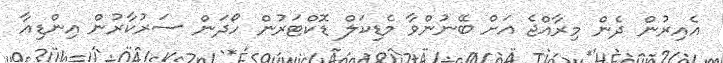
އެއިރުން ދެން މިރާއްޖެ އަށް ބޭނުންވާ މެޑިކަލް ޑޮކްޓަރުން ހޯދަން ސަރުކާރުން އިންޑިއާ